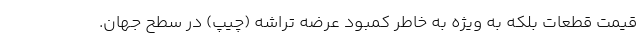
قیمت قطعات بلکه به ویژه به خاطر کمبود عرضه تراشه (چیپ) در سطح جهان.